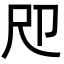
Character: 𡰰